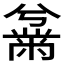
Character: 𫜜